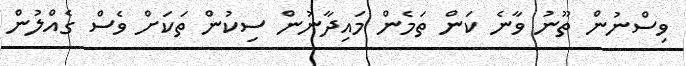
ވިސްނުން ތޫނު ވާނެ ކަން ތަމެން މައިދާނުން ސިކުން ތަކަށް ވެސް ގެއްްލުން